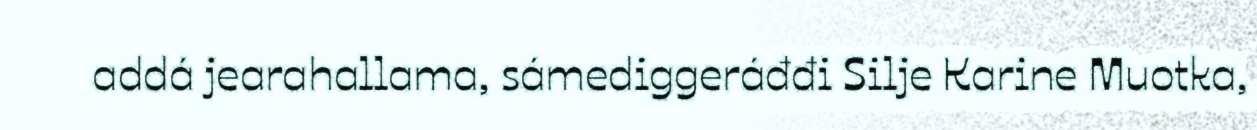
addá jearahallama, sámediggeráđđi Silje Karine Muotka,